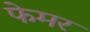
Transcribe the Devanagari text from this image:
फेमर